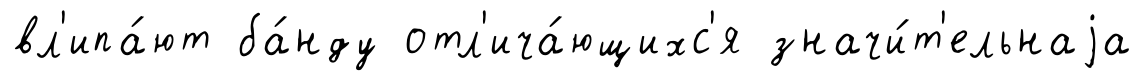
вл'ипа́ют ба́нду отл'ича́ющихс'я значи́т'ельнаjа